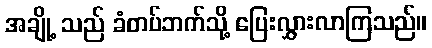
အချို့ သည် ခံတပ်ဘက်သို့ ပြေးလွှားလာကြသည်။